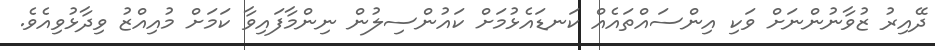
ދޭއިރު ޒުވާނުންނަށް ވަކި އިންސައްތައެއް ކަނޑައެޅުމަށް ކައުންސިލުން ނިންމާފައިވާ ކަމަށް މުއިއްޒު ވިދާޅުވިއެވެ.